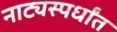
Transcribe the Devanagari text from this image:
नाट्यस्पर्धांत